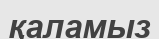
қаламыз